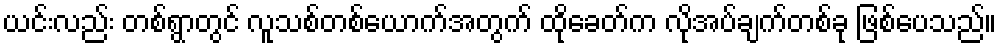
ယင်းလည်း တစ်ရွာတွင် လူသစ်တစ်ယောက်အတွက် ထိုခေတ်က လိုအပ်ချက်တစ်ခု ဖြစ်ပေသည်။